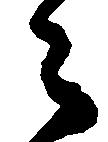
々